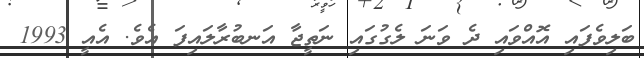
ބަލިވެފައި އޮއްވައި ދެ ވަނަ ލެގުގައި ނަތީޖާ އަނބުރާލައިފަ އެވެ. އެއީ 1993